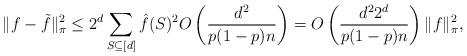
LaTeX: \begin{align*} \|f - \tilde{f}\|_\pi^2 \leq 2^d \sum_{S \subseteq [d]} \hat{f}(S)^2 O\left(\frac{d^2}{p(1-p)n}\right) = O\left(\frac{d^22^d}{p(1-p)n}\right)\|f\|_\pi^2,\end{align*}